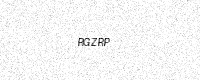
Text: RGZRP